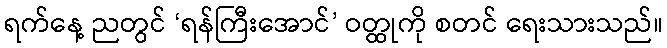
ရက်နေ့ ညတွင် ‘ရန်ကြီးအောင်’ ဝတ္ထုကို စတင် ရေးသားသည်။